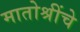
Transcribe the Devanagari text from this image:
मातोश्रींचे